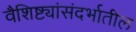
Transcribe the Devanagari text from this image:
वैशिष्ट्यांसंदर्भातील